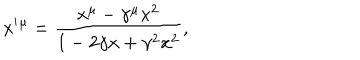
x ^ { \prime } { } ^ { \mu } = \frac { x ^ { \mu } - \gamma ^ { \mu } x ^ { 2 } } { 1 - 2 \gamma x + \gamma ^ { 2 } x ^ { 2 } } ,